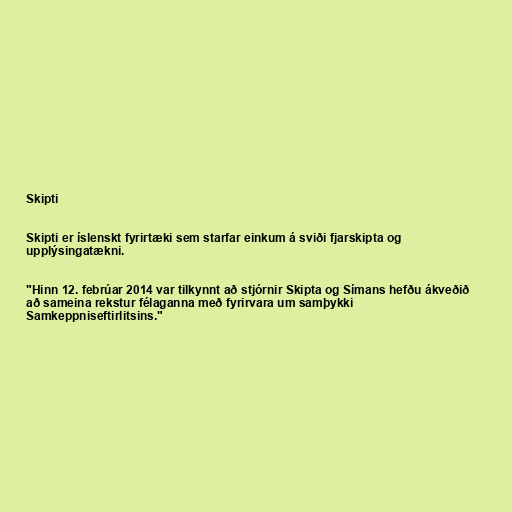
Skipti

Skipti er íslenskt fyrirtæki sem starfar einkum á sviði fjarskipta og
upplýsingatækni.

"Hinn 12. febrúar 2014 var tilkynnt að stjórnir Skipta og Símans hefðu ákveðið
að sameina rekstur félaganna með fyrirvara um samþykki
Samkeppniseftirlitsins."